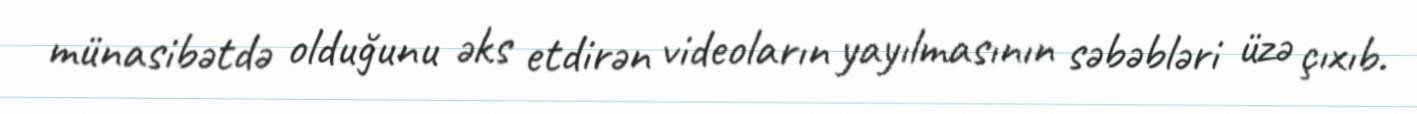
münasibətdə olduğunu əks etdirən videoların yayılmasının səbəbləri üzə çıxıb.